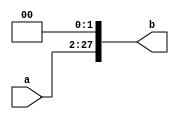
module extend_2(a,b);
input [25:0] a;
output [27:0] b;
reg [27:0]b;
always@(a)begin
b<={a,2'b0};
end
endmodule